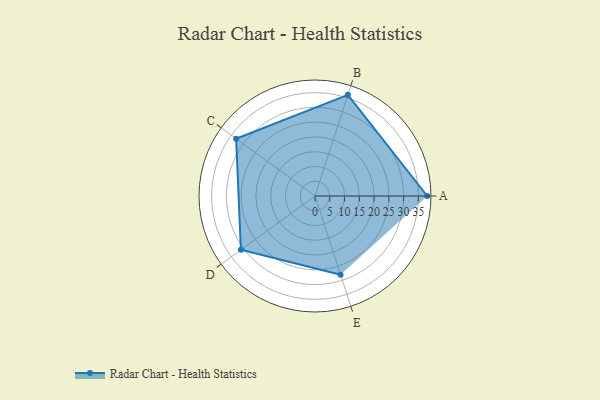
{"axis": {"x": "Skill", "y": "Score"}, "legend": ["Profile"], "data": [{"x": "A", "y": 38.0, "type": "Profile"}, {"x": "B", "y": 36.0, "type": "Profile"}, {"x": "C", "y": 33.0, "type": "Profile"}, {"x": "D", "y": 31.0, "type": "Profile"}, {"x": "E", "y": 28.0, "type": "Profile"}]}